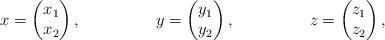
LaTeX: \begin{align*} x &= \begin{pmatrix} x_1\\ x_2 \end{pmatrix}, & y &= \begin{pmatrix} y_1\\ y_2 \end{pmatrix}, & z &= \begin{pmatrix} z_1\\ z_2 \end{pmatrix},\end{align*}